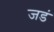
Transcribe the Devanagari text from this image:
जडं